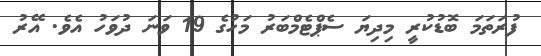
ފުރަތަމަ ބޮޑުކުރީ މިދިޔަ ސެޕްޓެމްބަރު މަހުގެ 19 ވަނަ ދުވަހު އެވެ. އޭރު